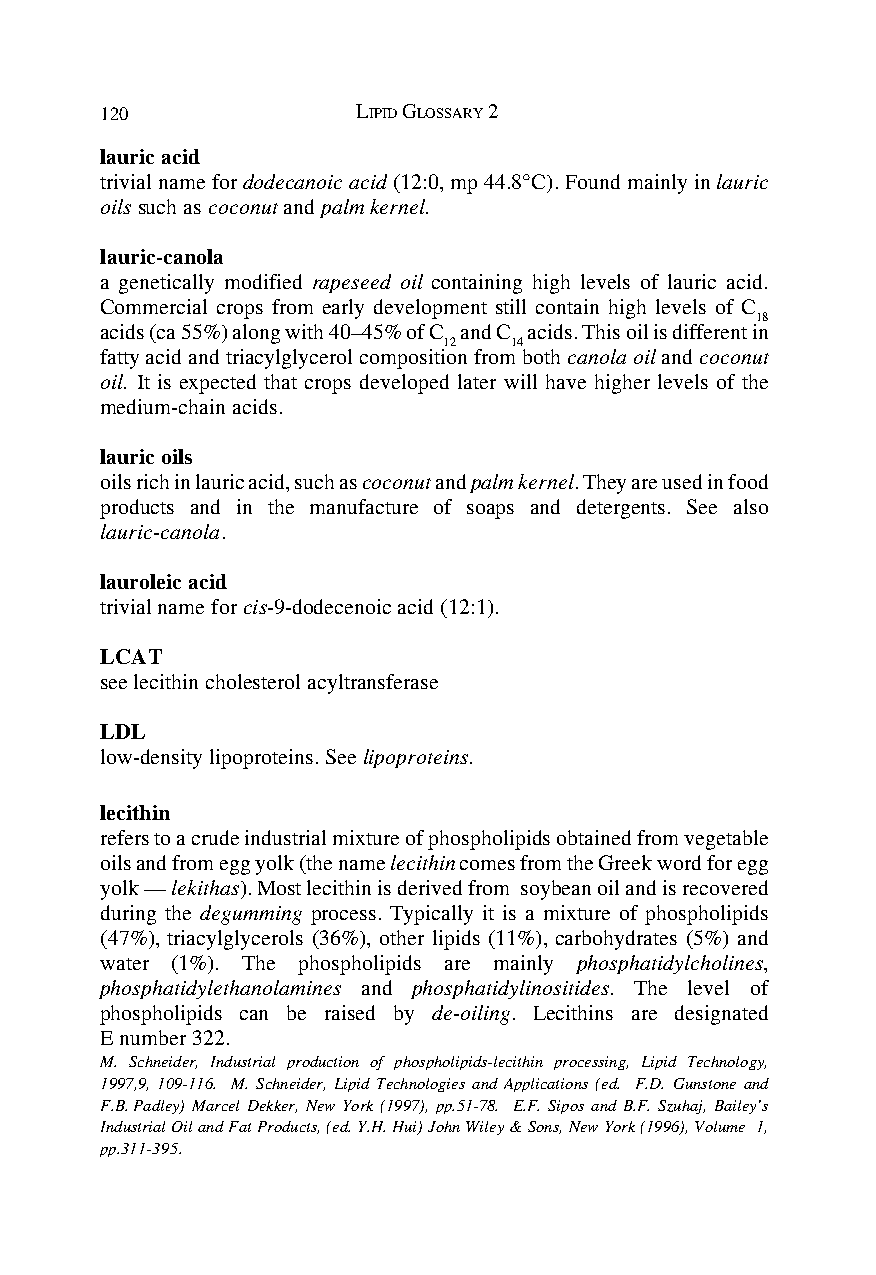
120              LIPID GLOSSARY 2
 lauric acid
 trivial name for dodecanoic acid (12:0, mp 44.8°C). Found mainly in lauric
 oils such as coconut and palm kernel.
 lauric-canola
 a genetically modified rapeseed oil containing high levels of lauric acid.
 Commercial crops from early development still contain high levels of C
 18
 acids (ca 55%) along with 40–45% of C and C acids. This oil is different in
 12   14
 fatty acid and triacylglycerol composition from both canola oil and coconut
 oil. It is expected that crops developed later will have higher levels of the
 medium-chain acids.
 lauric oils
 oils rich in lauric acid, such as coconut and palm kernel. They are used in food
 products and in the manufacture of soaps and detergents. See also
 lauric-canola.
 lauroleic acid
 trivial name for cis-9-dodecenoic acid (12:1).
 LCAT
 see lecithin cholesterol acyltransferase
 LDL
 low-density lipoproteins. See lipoproteins.
 lecithin
 refers to a crude industrial mixture of phospholipids obtained from vegetable
 oils and from egg yolk (the name lecithin comes from the Greek word for egg
 yolk — lekithas). Most lecithin is derived from soybean oil and is recovered
 during the degumming process. Typically it is a mixture of phospholipids
 (47%), triacylglycerols (36%), other lipids (11%), carbohydrates (5%) and
 water (1%). The phospholipids are mainly phosphatidylcholines,
 phosphatidylethanolamines and phosphatidylinositides. The level of
 phospholipids can be raised by de-oiling. Lecithins are designated
 E number 322.
 M. Schneider, Industrial production of phospholipids-lecithin processing, Lipid Technology,
 1997,9, 109-116. M. Schneider, Lipid Technologies and Applications (ed. F.D. Gunstone and
 F.B. Padley) Marcel Dekker, New York (1997), pp.51-78. E.F. Sipos and B.F. Szuhaj, Bailey’s
 Industrial Oil and Fat Products, (ed. Y.H. Hui) John Wiley & Sons, New York (1996), Volume 1,
 pp.311-395.